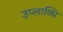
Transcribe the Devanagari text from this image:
उप्लाब्धि